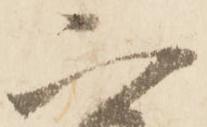
二